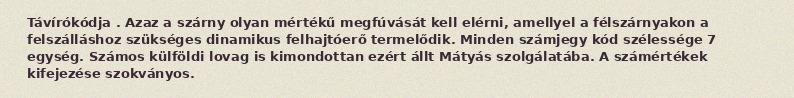
Távírókódja . Azaz a szárny olyan mértékű megfúvását kell elérni, amellyel a félszárnyakon a felszálláshoz szükséges dinamikus felhajtóerő termelődik. Minden számjegy kód szélessége 7 egység. Számos külföldi lovag is kimondottan ezért állt Mátyás szolgálatába. A számértékek kifejezése szokványos.